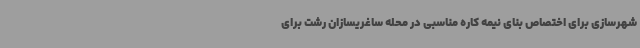
شهرسازی برای اختصاص بنای نیمه کاره مناسبی در محله ساغریسازان رشت برای